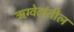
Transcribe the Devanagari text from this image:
ॠग्वेदांतील